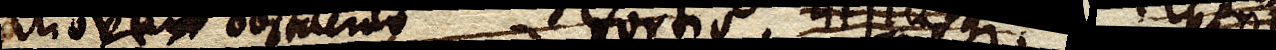
aliove obstaculo fortius citiusque